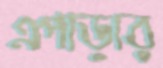
এপাড়ার